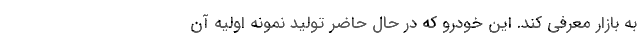
به بازار معرفی کند. این خودرو که در حال حاضر تولید نمونه اولیه آن